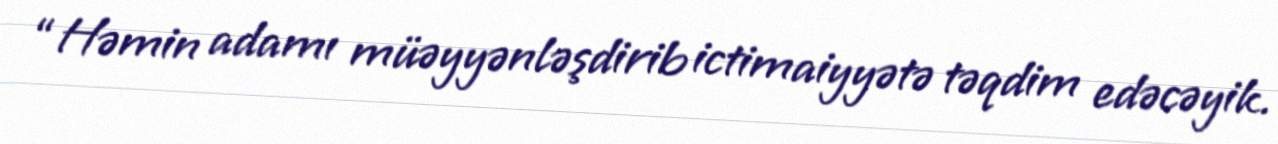
“Həmin adamı müəyyənləşdirib ictimaiyyətə təqdim edəcəyik.